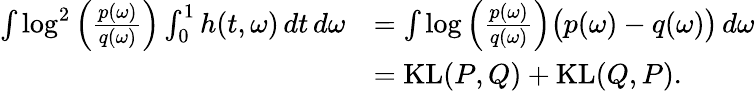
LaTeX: \begin{array}{rl}{\int\log^{2}\Big(\frac{p(\omega)}{q(\omega)}\Big)\int_{0}^{1}h(t,\omega)\, dt\, d\omega}&{=\int\log\Big(\frac{p(\omega)}{q(\omega)}\Big)\big(p(\omega)-q(\omega)\big)\, d\omega}\\ &{=\operatorname{KL}(P,Q)+\operatorname{KL}(Q,P).}\end{array}